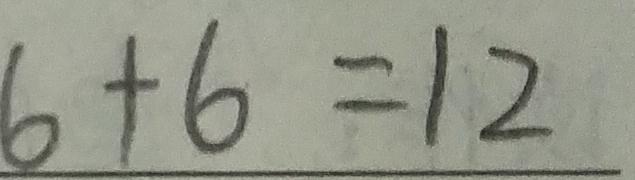
6 + 6 = 1 2